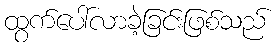
ထွက်ပေါ်လာခဲ့ခြင်းဖြစ်သည်